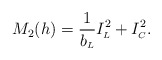
\begin{align*}M_2(h) = \frac{1}{b_{\scriptscriptstyle L}} I^{2}_{\scriptscriptstyle L}+I^{2}_{\scriptscriptstyle C}. \end{align*}